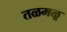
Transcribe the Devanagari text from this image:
तळमळू